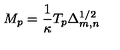
M _ { p } = \frac { 1 } { \kappa } T _ { p } \Delta _ { m , n } ^ { 1 / 2 }